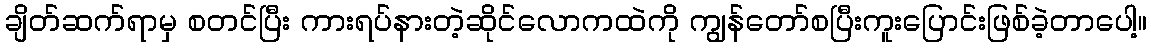
ချိတ်ဆက်ရာမှ စတင်ပြီး ကားရပ်နားတဲ့ဆိုင်လောကထဲကို ကျွန်တော်စပြီးကူးပြောင်းဖြစ်ခဲ့တာပေါ့။